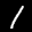
Digit: 1